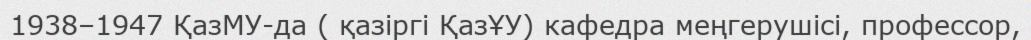
1938–1947 ҚазМУ-да ( қазіргі ҚазҰУ) кафедра меңгерушісі, профессор,